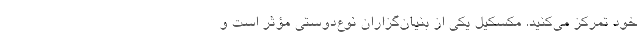
خود تمرکز می‌کنید. مکسکیل یکی از بنیان‌گزاران نوع‌دوستی مؤثر است و